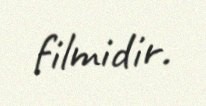
filmidir.